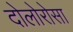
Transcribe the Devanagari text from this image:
दोलोरोसा